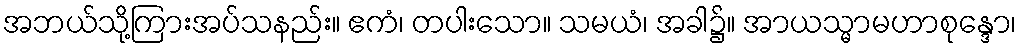
အဘယ်သို့ကြားအပ်သနည်း။ ဧကံ၊ တပါးသော။ သမယံ၊ အခါ၌။ အာယသ္မာမဟာစုန္ဒော၊